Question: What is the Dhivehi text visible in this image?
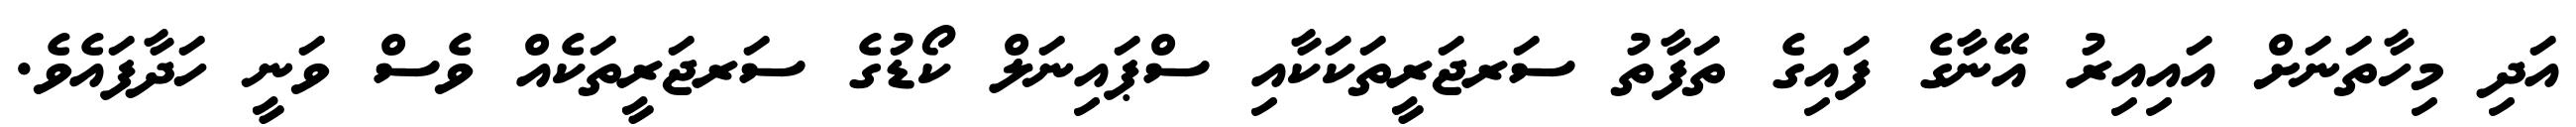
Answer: އަދި މިހާތަނަށް އައިއިރު އޭނާގެ ފައިގެ ތަފާތު ސަރޖަރީތަކަކާއި ސްޕައިނަލް ކޯޑުގެ ސަރޖަރީތަކެއް ވެސް ވަނީ ހަދާފައެވެ.